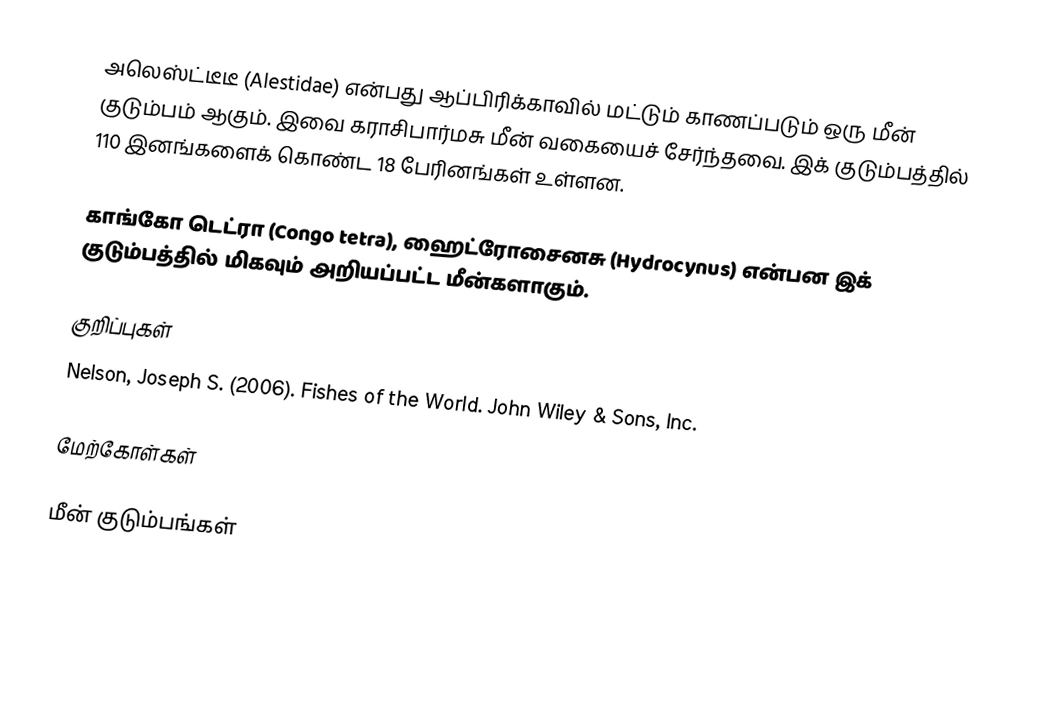
அலெஸ்ட்டீடீ (Alestidae) என்பது ஆப்பிரிக்காவில் மட்டும் காணப்படும் ஒரு மீன் குடும்பம் ஆகும். இவை கராசிபார்மசு மீன் வகையைச் சேர்ந்தவை. இக் குடும்பத்தில் 110 இனங்களைக் கொண்ட 18 பேரினங்கள் உள்ளன.

காங்கோ டெட்ரா (Congo tetra), ஹைட்ரோசைனசு (Hydrocynus) என்பன இக் குடும்பத்தில் மிகவும் அறியப்பட்ட மீன்களாகும்.

குறிப்புகள்
 Nelson, Joseph S. (2006). Fishes of the World. John Wiley & Sons, Inc.

மேற்கோள்கள்

மீன் குடும்பங்கள்